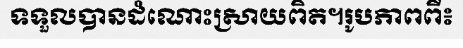
ទទួលបានដំណោះស្រាយពិត។រូបភាពពី៖